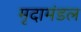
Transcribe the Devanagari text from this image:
मृदामंडल